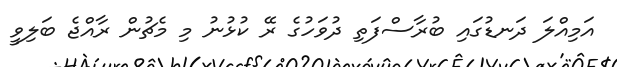
އަމިއްލަ ދަނޑުގައި ބުރާސްފަތި ދުވަހުގެ ރޭ ކުޅުނު މި މެޗުން ރާއްޖެ ބަލިވީ